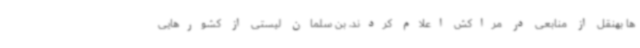
ها بهنقل از منابعی در مراکش اعلام کردند، بن سلمان لیستی از کشورهایی